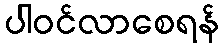
ပါဝင်လာစေရန်